Malaria in the Punjab - Number 46
Disease focus: Malaria
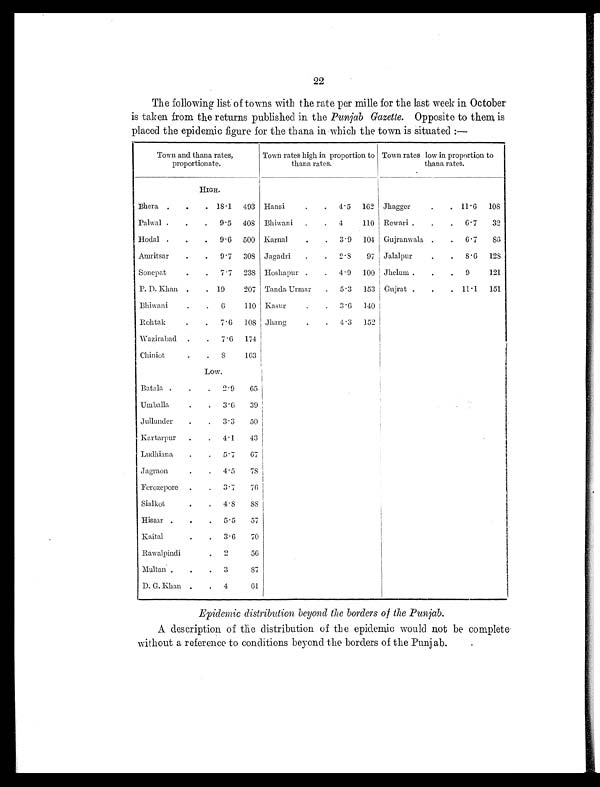
22
The following list of towns with the rate per mille for the last week in October
is taken from the returns published in the Punjab Gazette. Opposite to them is
placed the epidemic figure for the thana in which the town is situated:—
Town and thana rates,
proportionate.
Town rates high in proportion to
thana rates.
Town rates low in proportion to
thana rates.
HIGH.
Bhera .
.
. 18.1
493 Hansi
.
.
4.5
162 Jhagger
.
. 11.6
108
Palwal . . .
9.5
408 Bhiwani
.
.
4
110 Rewari .
.
.
6.7
32
Hodal .
.
.
9.6
500 Karnal
.
.
3.9
104 Gujranwala .
.
6.7
86
Amritsar
.
.
9.7
308 Jagadri
.
.
2.8
97 Jalalpur
.
8.6
128
Sonepat
.
7.7
238 Hoshapur .
.
4.9
100 Jhelum .
.
9
121
P. D. Khan .
. 19
207 Tanda Urmar
.
5.3
153 Gujrat .
.
11.1
151
Bhiwani
.
6
110 Kasur
.
.
3.6
140
Rohtak
.
.
7.6
108 Jhang
.
.
4.3
152
Wazirabad
.
7.6
174
Chiniot
.
8
163
Low.
Batala .
.
2.9
65
Umballa
.
3.6
39
Jullunder
.
3.3
50
Kartarpur
.
4.1
43
Ludhiana
.
5.7
67
Jagraon
.
4.5
78
Ferozepore
.
3.7
76
Sialkot
.
4.8
8 8
Hissar .
.
5.5
57
Kaital
.
3.6
70
Rawalpindi
2
5 6
Multan
.
3
87
D. G. Khan .
4
61
Epidemic distribution beyond the borders of the Punjab.
A description of the distribution of th epidemic would not be complete
without a reference to conditions beyond the borders of the Punjab.